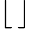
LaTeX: \lfloor\, \rfloor